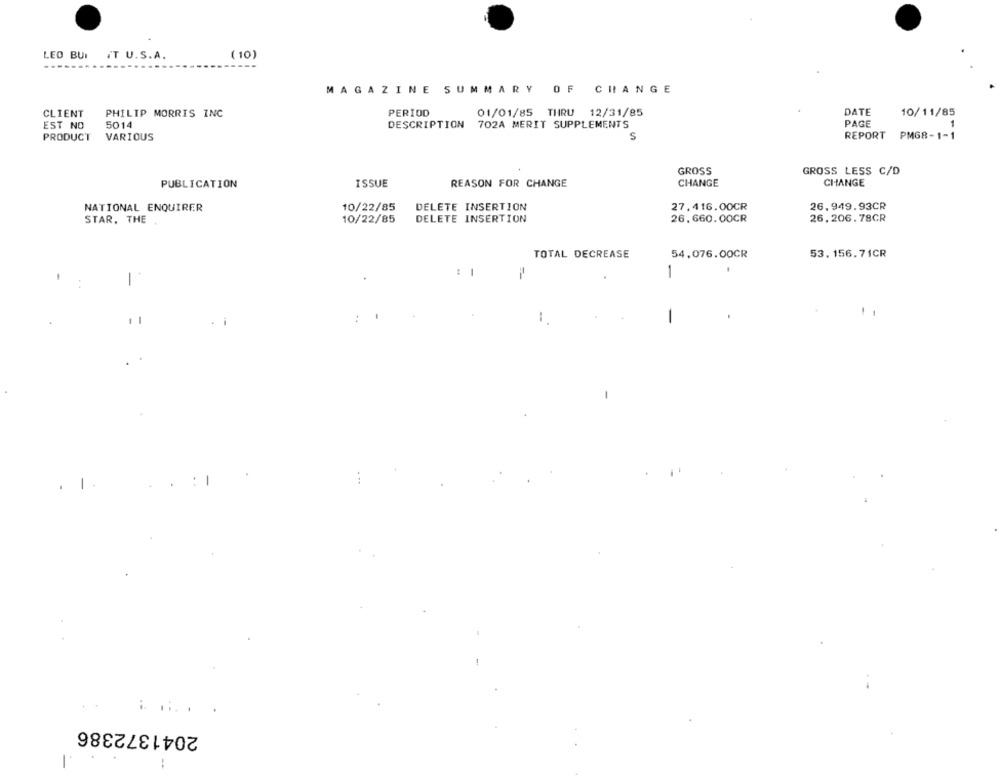
LED BUT IT U.S.A.
(10)
MAGAZINE SUMMARY OF CHANGE
CLIENT
PHILIP MORRIS INC
PERIOD
01/01/85 THRU 12/31/85
DATE
10/11/85
EST NO
5014
DESCRIPTION 702A MERIT SUPPLEMENTS
PAGE
PRODUCT
VARIOUS
S
REPORT
PMG8-1-1
GROSS
GROSS LESS C/D
PUBLICATION
ISSUE
REASON FOR CHANGE
CHANGE
CHANGE
NATIONAL ENQUIRER
10/22/85
DELETE INSERTION
27.416.00CR
26.949.93CR
STAR. THE
DELETE INSERTION
26,660.00CR
26.206.78CR
10/22/85
TOTAL DECREASE
54,076.00CR
53. 156.71CR
-
-
1
-
. 1.
.....
2041372386